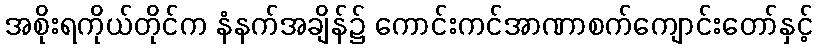
အစိုးရကိုယ်တိုင်က နံနက်အချိန်၌ ကောင်းကင်အာဏာစက်ကျောင်းတော်နှင့်